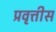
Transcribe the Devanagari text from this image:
प्रवृत्तीस